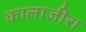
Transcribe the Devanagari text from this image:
कालाजीरा